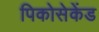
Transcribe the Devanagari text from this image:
पिकोसेकेंड